King Institute of Preventive Medicine Micro-Biological Section reports 1909-11
Year: 1909
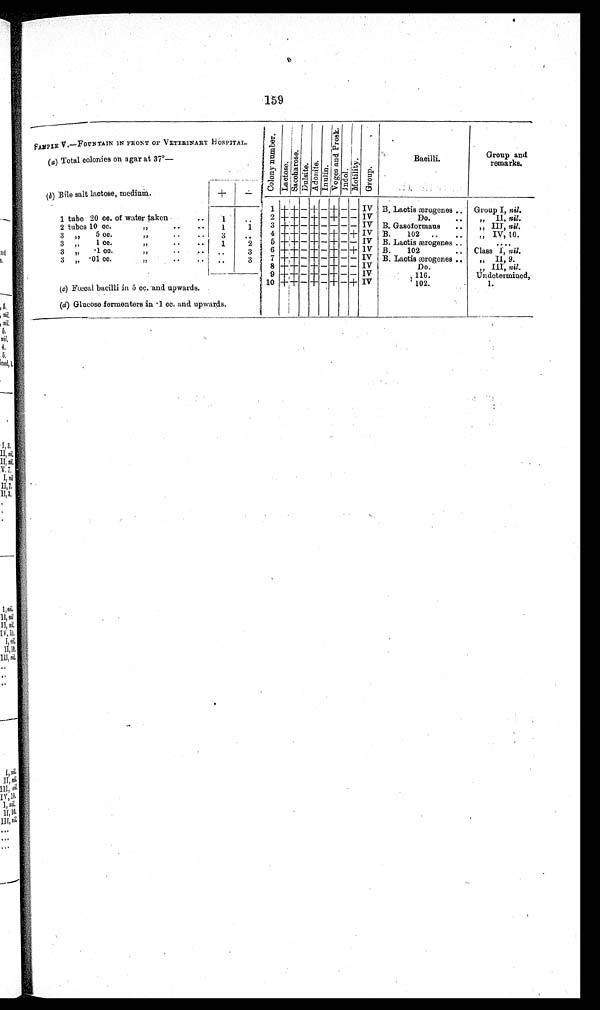
159
SAMPLE V.—FOUNTAIN IN FRONT OF VETERINARY HOSPITAL
(a) Total colonies on agar at 37°—
(b) Bile salt lactose, medium.
–
C o l o n yn u m b e r .
L a c t o s e . S a c c h a r o s e . Dulsite. A D o n i t e . I n u l i n . V o g e s a n d P r o s k . Indol.
M o t i l i t y
Group.
Bacilli.
Group and
remarks.
+
–
1 + + - + - + - - IV B. Lactis ærogenes ..
Group I, nil.
1 tube 20 cc. of water taken ..
1
. . 2
+ + - + - + - - IV
Do
„ I I ,
n i l .
2 tubes 10 cc.
,,
1
1 3 +++ - + - - - - IV B. Gasoformaus ..
,, III, nil.
3 ,,5 cc.
,,
3
. .
4 ++ - - + - + - + IV B. 102 ..
..
, ,
I V , 1 0 .
'
3 „
1 cc.
,, ..
1
2 5 ++ + - + - + - - IV B. Lactis ærogenes ..
. . . .
3 „
...1 cc.,, .. ..
. .
3
6 +,- + - + - + - + IV B. 102
.. Class I, nil.
3 ,, ...01 cc. ,, .. ..
. .
3
7 + + - + -
+- - IV B. Lactis ærogenes ..
„ II, 9.
(c) Fœcal bacilli in 5 cc. and upwards.
8 ±- + - + - - - IV
Do.
„ III, nil.
9 +- - + - - - IV
1 1 6 . .
Undetermined,
10 ++ - + - + - + IV
1 0 2
1.
a
(d) Glucose fermenters in .1 cc. and upwards.
I